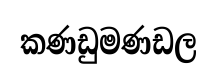
කණඩුමණඩල